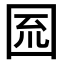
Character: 𡇗